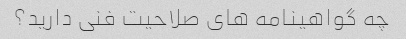
چه گواهینامه های صلاحیت فنی دارید؟